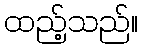
ထည့်သည်။